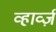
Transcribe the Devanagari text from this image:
व्हार्व्ज़